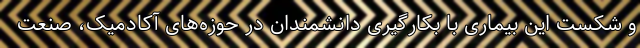
و شکست این بیماری با بکارگیری دانشمندان در حوزه‌های آکادمیک، صنعت